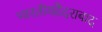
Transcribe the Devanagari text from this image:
भारतीयहैदराबाद